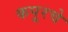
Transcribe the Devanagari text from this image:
कपूरचे